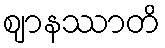
ဈာနဿာတိ